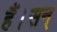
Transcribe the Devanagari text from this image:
हैं।सन्